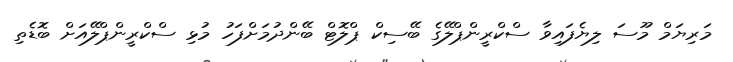
މަރިޔަމް މޫސަ ލިޔެފައިވާ ސްކްރީންޕްލޭގެ ބޭސިކް ޕްލޮޓް ބޭންދުމަށްފަހު މުޅި ސްކްރީންޕްލޭއަށް ބޮޑެތި